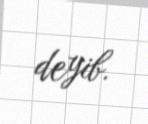
deyib.